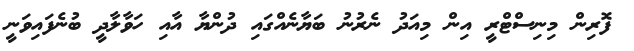
ފޮރިން މިނިސްޓްރީ އިން މިއަދު ނެރުނު ބަޔާނެއްގައި ދުންޔާ އާއި ހަވާލާދީ ބުނެފައިވަނީ